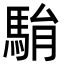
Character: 𩢺